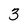
Character: 3